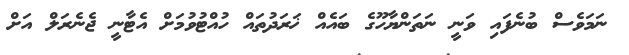
ނަމަވެެސް ބުނެފައި ވަނީ ނަތަންޔާހޫގެ ބައެއް ޚަރަދުތައް ހުއްޓުވުމަށް އެޓާނީ ޖެނެރަލް އަށް